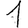
Digit: 1